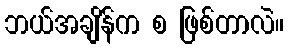
ဘယ်အချိန်က စ ဖြစ်တာလဲ။